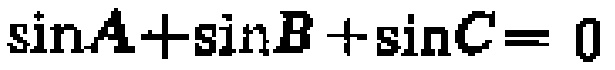
\(\sin A+\sin B +\sin C= 0\)